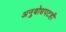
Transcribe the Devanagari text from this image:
अनुबोधपटही